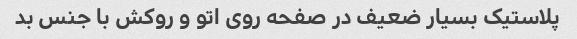
پلاستیک بسیار ضعیف در صفحه روی اتو و روکش با جنس بد